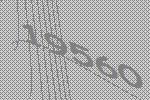
19560